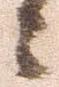
々